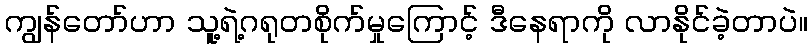
ကျွန်တော်ဟာ သူ့ရဲ့ဂရုတစိုက်မှုကြောင့် ဒီနေရာကို လာနိုင်ခဲ့တာပဲ။